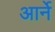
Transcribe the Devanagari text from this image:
आर्ने